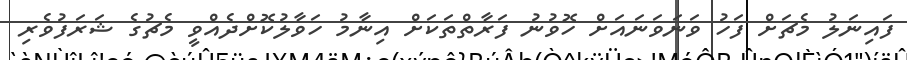
ފައިނަލު މެޗަށް ފަހު ވަނަވަނައަށް ހޮވުނު ފަރާތްތަކަށް އިނާމު ހަވާލުކޮށްދެއްވީ މެޗުގެ ޝަރަފުވެރި